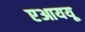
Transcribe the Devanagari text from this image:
एआययू